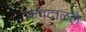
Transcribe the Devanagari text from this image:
कवटाळले